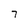
Character: 7